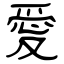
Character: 愛